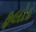
ફલોદ